画像に写った文字を読んでください
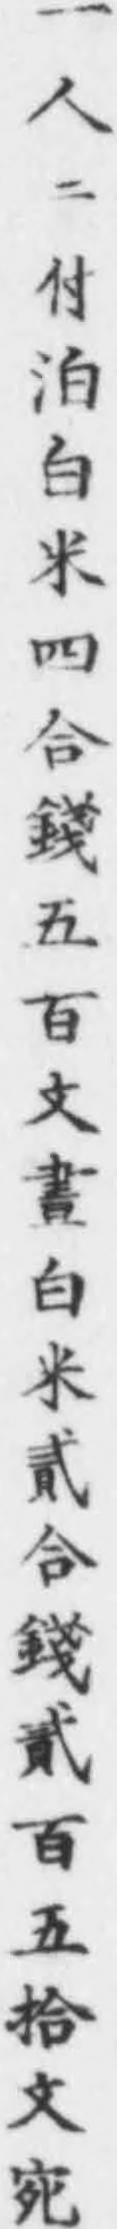
「一人ニ付泊白米四合錢五百文晝白米貳合錢貳百五拾文宛」と書いてあります